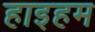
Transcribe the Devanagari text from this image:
हाइहम